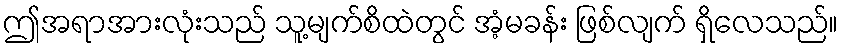
ဤအရာအားလုံးသည် သူ့မျက်စိထဲတွင် အံ့မခန်း ဖြစ်လျက် ရှိလေသည်။